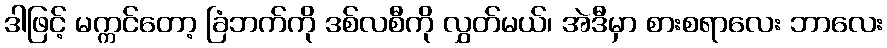
ဒါဖြင့် မက္ကင်တော့ ခြံဘက်ကို ဒစ်လစီကို လွှတ်မယ်၊ အဲဒီမှာ စားစရာလေး ဘာလေး